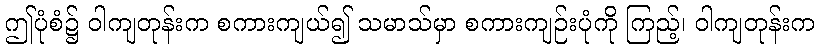
ဤပုံစံ၌ ဝါကျတုန်းက စကားကျယ်၍ သမာသ်မှာ စကားကျဉ်းပုံကို ကြည့်၊ ဝါကျတုန်းက